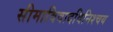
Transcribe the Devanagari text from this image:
सीमाविवादविनिश्चय